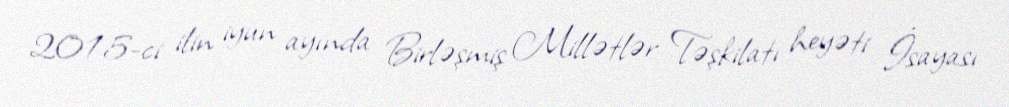
2015-ci ilin iyun ayında Birləşmiş Millətlər Təşkilatı heyəti İsayası